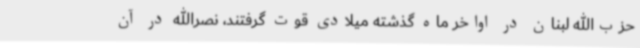
حزب‌الله لبنان در اواخر ماه گذشته میلادی قوت گرفتند، نصرالله در آن